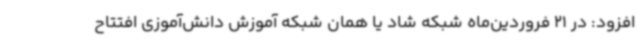
افزود: در 21 فروردین‌ماه شبکه شاد یا همان شبکه آموزش دانش‌آموزی افتتاح